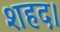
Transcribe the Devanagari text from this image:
शहद।